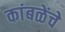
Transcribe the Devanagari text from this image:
कांबळेंचे